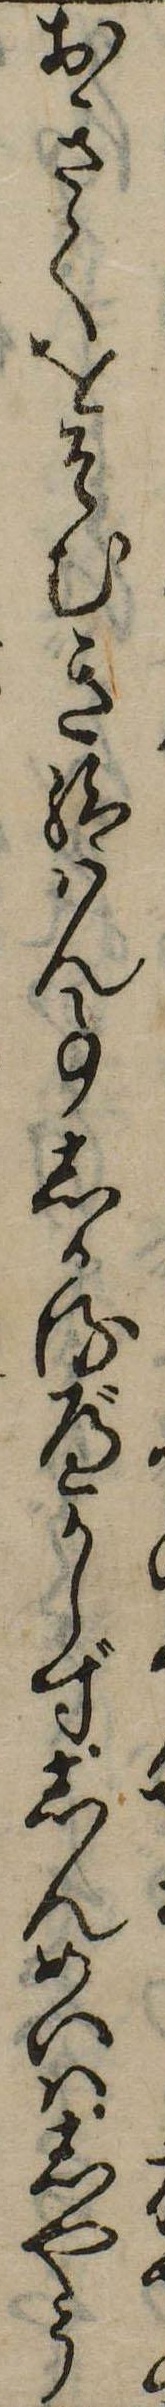
おきてをそむき給はん事しかるべからずしんめいはしやう